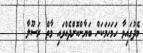
މެދުގައިވާ ހަމަހަމަކަން ބަޔާންކޮށްދެއްވައި މާތް ރަސޫލާ